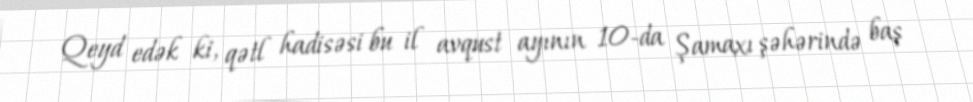
Qeyd edək ki, qətl hadisəsi bu il avqust ayının 10-da Şamaxı şəhərində baş